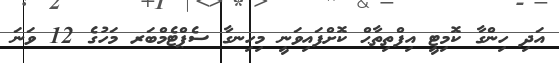
އަދި ހިންގާ ކޮމިޓީ އިފްތިތާޙް ކޮށްފައިވަނީ މިހިނގާ ސެޕްޓެމްބަރ މަހުގެ 12 ވަނަ